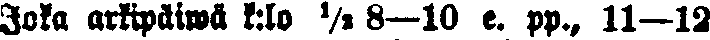
Joka arkipäiwä k:lo ½ 8—10 e. pp., 11—12